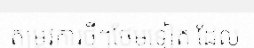
តម្រូវការថ្មីៗថែមទៀត ដែល